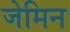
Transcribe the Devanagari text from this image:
जेमिन